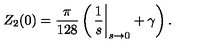
Z _ { 2 } ( 0 ) = \frac { \pi } { 1 2 8 } \left( \left. \frac { 1 } { s } \right| _ { s \to 0 } + \gamma \right) .